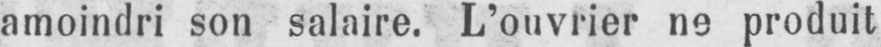
amoindri son salaire. L’ouvrier ne produit